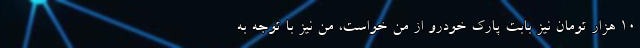
۱۰ هزار تومان نیز بابت پارک خودرو از من خواست، من نیز با توجه به